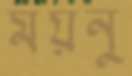
ময়নু